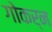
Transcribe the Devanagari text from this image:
गोकर्न